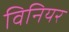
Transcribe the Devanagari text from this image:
विनियर